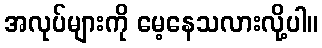
အလုပ်များကို မေ့နေသလားလို့ပါ။